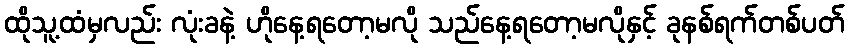
ထိုသူ့ထံမှလည်း လုံးခနဲ့ ဟိုနေ့ရတော့မလို သည်နေ့ရတော့မလိုနှင့် ခုနစ်ရက်တစ်ပတ်